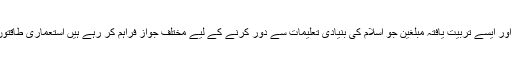
غیر ملکی ثقافتی یلغار اور ایسے تربیت یافتہ مبلغین جو اسلام کی بنیادی تعلیمات سے دور کرنے کے لیے مختلف جواز فراہم کر رہے ہیں استعماری طاقتوں کے کاری ہتھیارہیں۔